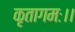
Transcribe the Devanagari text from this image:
कृतागमः।।